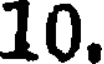
10.